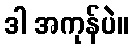
ဒါ အကုန်ပဲ။